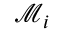
{ \mathcal { M } } _ { i }